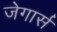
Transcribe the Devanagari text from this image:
जेगार्स